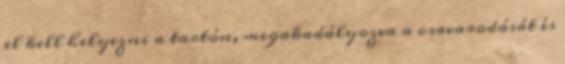
el kell helyezni a tartón, megakadályozva a csavarodását és